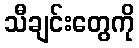
သီချင်းတွေကို